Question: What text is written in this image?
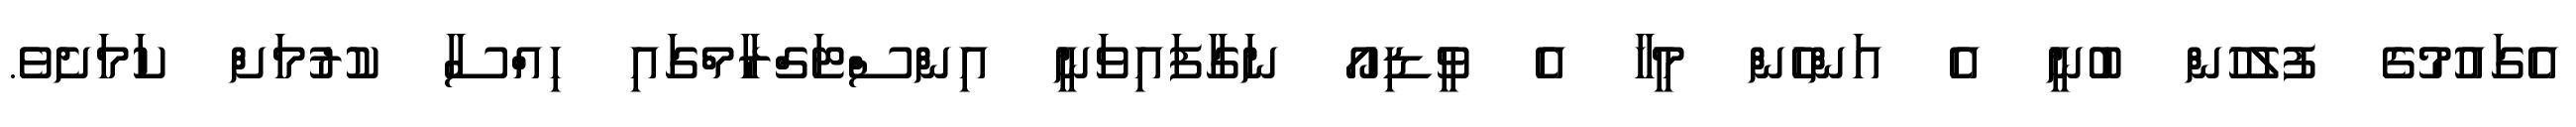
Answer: އެގައުމުގެ ފުލުހުން ބުނީ އެ އަންހެން މީހާ އެ ވީޑިއޯ ނަގާފައިވަނީ އިންސްޓަގްރާމްގައި ހިއްސާ ކުރުމަށް ކަމަށެވެ.